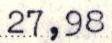
27,98